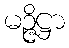
မဉ္ဇိဋ္ဌာ